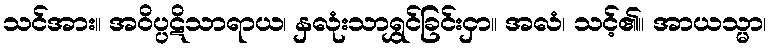
သင်အား။ အဝိပ္ပဋိသာရာယ၊ နှလုံးသာရွှင်ခြင်းငှာ။ အလံ၊ သင့်၏။ အာယသ္မာ၊